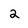
Character: 2